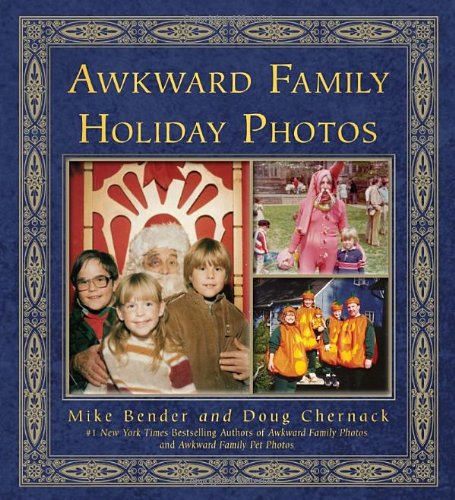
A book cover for Awkward Family Holiday Photos; Mike Bender; Arts & Photography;